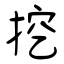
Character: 挖